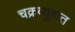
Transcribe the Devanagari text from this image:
चक्रव्युहात